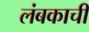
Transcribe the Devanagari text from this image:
लंबकाची